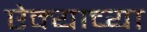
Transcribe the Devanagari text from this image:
ऐक्याच्या